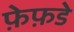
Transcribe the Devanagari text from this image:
फ़ेफ़डे